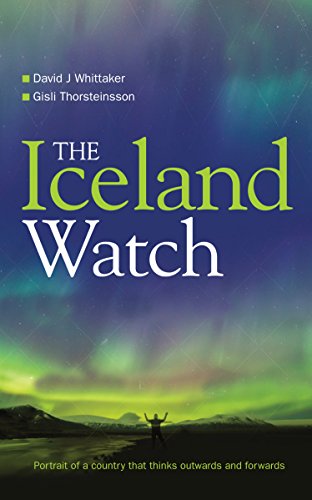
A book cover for The Iceland Watch: Portrait of a country that thinks outwards and forwards; David Whittaker; Travel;